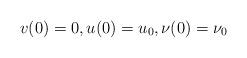
LaTeX: \begin{align*}v(0)=0, u(0) = u_0, \nu(0) = \nu_0\end{align*}